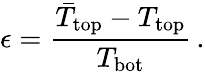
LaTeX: \epsilon=\frac{\bar{T}_{\mathrm{top}}-T_{\mathrm{top}}}{T_{\mathrm{bot}}}\, .